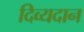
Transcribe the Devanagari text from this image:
दिव्यदान